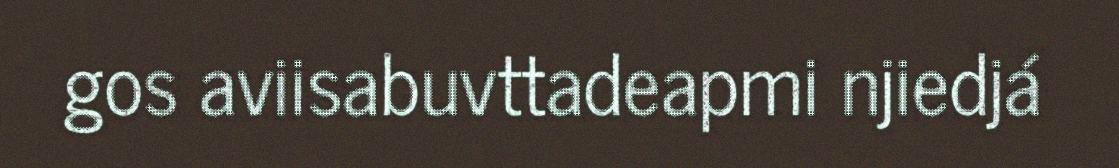
gos aviisabuvttadeapmi njiedjá